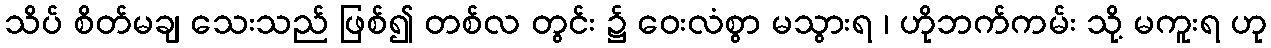
သိပ် စိတ်မချ သေးသည် ဖြစ်၍ တစ်လ တွင်း ၌ ဝေးလံစွာ မသွားရ ၊ ဟိုဘက်ကမ်း သို့ မကူးရ ဟု